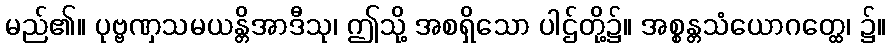
မည်၏။ ပုဗ္ဗဏှသမယန္တိအာဒီသု၊ ဤသို့ အစရှိသော ပါဌ်တို့၌။ အစ္စန္တသံယောဂတ္ထေ၊ ၌။